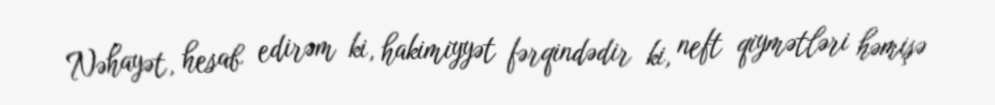
Nəhayət, hesab edirəm ki, hakimiyyət fərqindədir ki, neft qiymətləri həmişə